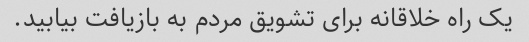
یک راه خلاقانه برای تشویق مردم به بازیافت بیابید.